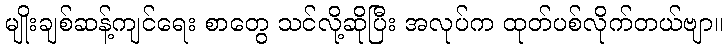
မျိုးချစ်ဆန့်ကျင်ရေး စာတွေ သင်လို့ဆိုပြီး အလုပ်က ထုတ်ပစ်လိုက်တယ်ဗျာ။